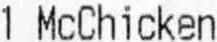
1 MCCHICKEN